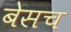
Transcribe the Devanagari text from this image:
बेसच